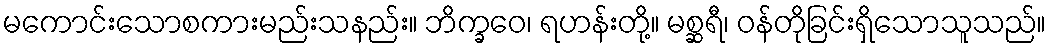
မကောင်းသောစကားမည်းသနည်း။ ဘိက္ခဝေ၊ ရဟန်းတို့။ မစ္ဆရီ၊ ဝန်တိုခြင်းရှိသောသူသည်။